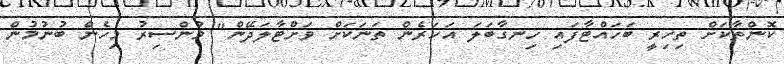
ކޮންތާކަށް ތިހިރީ ބަހައްޓާފައި ހިނގާބަލަ އަހަރެން ތަނަކަށް ވަށްޓާލަދޭން" މުންސިރު މިހެން ބުނުމުން